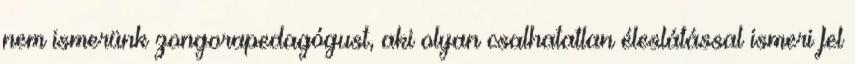
nem ismerünk zongorapedagógust, aki olyan csalhatatlan éleslátással ismeri fel